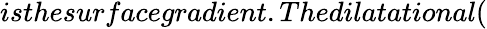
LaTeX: isthesurfacegradient.Thedilatational(